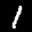
Label: 1